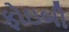
ફોઇબી